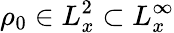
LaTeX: \rho_{0}\in L_{x}^{2}\subset L_{x}^{\infty}